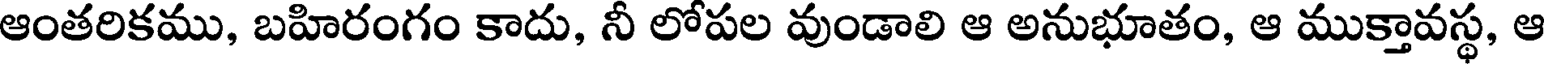
ఆంతరికము, బహిరంగం కాదు, నీ లోపల వుండాలి ఆ అనుభూతం, ఆ ముక్తావస్థ, ఆ